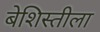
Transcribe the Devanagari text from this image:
बेशिस्तीला